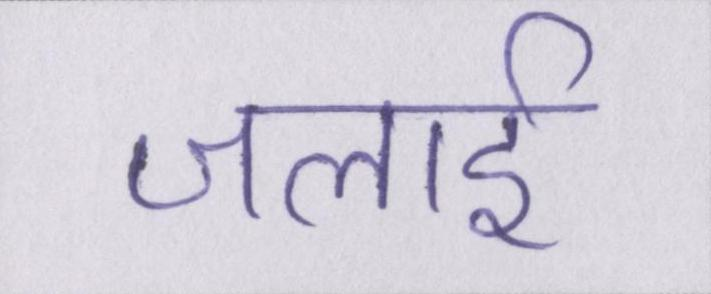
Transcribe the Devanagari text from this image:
जलाई